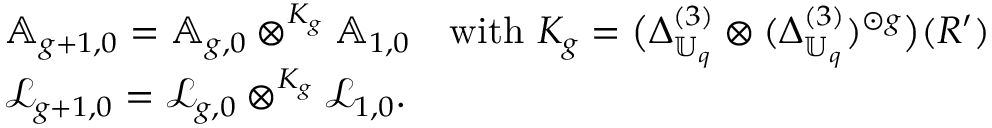
\begin{array} { r l } & { \mathbb { A } _ { g + 1 , 0 } = \mathbb { A } _ { g , 0 } \otimes ^ { K _ { g } } \mathbb { A } _ { 1 , 0 } \quad \mathrm { w i t h ~ } K _ { g } = \bigl ( \Delta _ { \mathbb { U } _ { q } } ^ { ( 3 ) } \otimes ( \Delta _ { \mathbb { U } _ { q } } ^ { ( 3 ) } ) ^ { \odot g } \bigr ) ( R ^ { \prime } ) } \\ & { \mathcal { L } _ { g + 1 , 0 } = \mathcal { L } _ { g , 0 } \otimes ^ { K _ { g } } \mathcal { L } _ { 1 , 0 } . } \end{array}